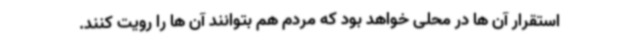
استقرار آن ها در محلی خواهد بود که مردم هم بتوانند آن ها را رویت کنند.